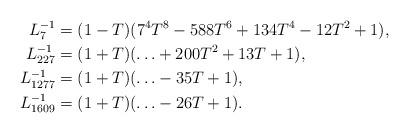
LaTeX: \begin{align*} L_7^{-1}&=(1-T)( 7^4T^8 - 588T^6 + 134T^4 - 12T^2 + 1), \\ L_{227}^{-1}&=(1+T) (\ldots + 200T^2 + 13T + 1), \\ L_{1277}^{-1}&=(1+T) (\ldots-35T+1),\\ L_{1609}^{-1}&=(1+T) (\ldots-26T+1). \end{align*}